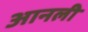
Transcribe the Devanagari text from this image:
आनली